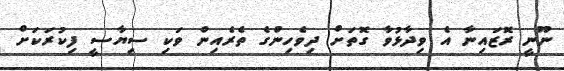
ނޫނީ ރޮޒައިނާ އެ ވިދާޅުވާ ގޮތަށް ދިވެހިންގެ ތެރެއިން ވަކި ސިޔާސީ ފިކުރަކަށް